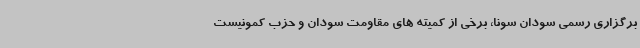
برگزاری رسمی سودان سونا، برخی از کمیته های مقاومت سودان و حزب کمونیست